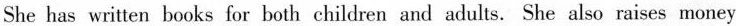
She has written books for both children and adults.She also raises money